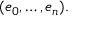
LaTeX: ( e _ { 0 } , \ldots , e _ { n } ) .